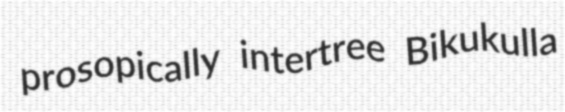
prosopically intertree Bikukulla